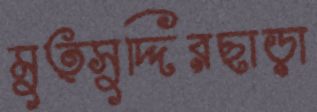
মুত্সুদ্দিরছাড়া